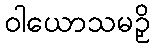
ဝါယောသမဉှိ